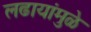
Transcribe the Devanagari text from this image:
लढायांमुळे